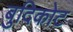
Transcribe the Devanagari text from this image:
बुदिकोट